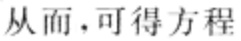
从而，可得方程